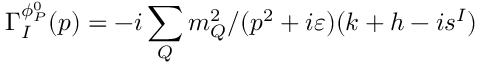
\Gamma _ { I } ^ { \phi _ { P } ^ { 0 } } ( p ) = - i \sum _ { Q } m _ { Q } ^ { 2 } / ( p ^ { 2 } + i \varepsilon ) ( k + h - i s ^ { I } )